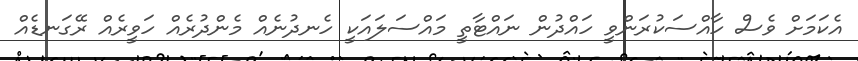
އެކަމަށް ވެސް ހާއްސަކުރަންވީ ހައްދުން ނައްޓާތީ މައްސަލައަކީ ހެނދުނެއް މެންދުރެއް ހަވީރެއް ރޭގަނޑެއް